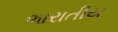
ભારાતીય